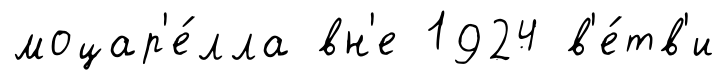
моцар'е́лла вн'е 1924 в'е́тв'и